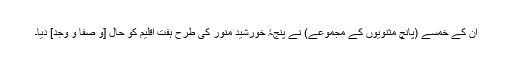
اُن کے خمسے (پانچ مثنویوں کے مجموعے) نے پنجۂ خورشیدِ مُنوّر کی طرح ہفت اِقلیم کو حال [و صفا و وجْد] دیا۔